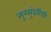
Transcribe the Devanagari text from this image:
सुरसुंदरींची